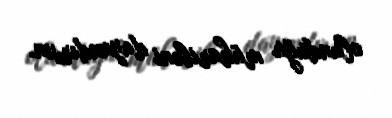
olunduğu müharibəni dayandırsın.